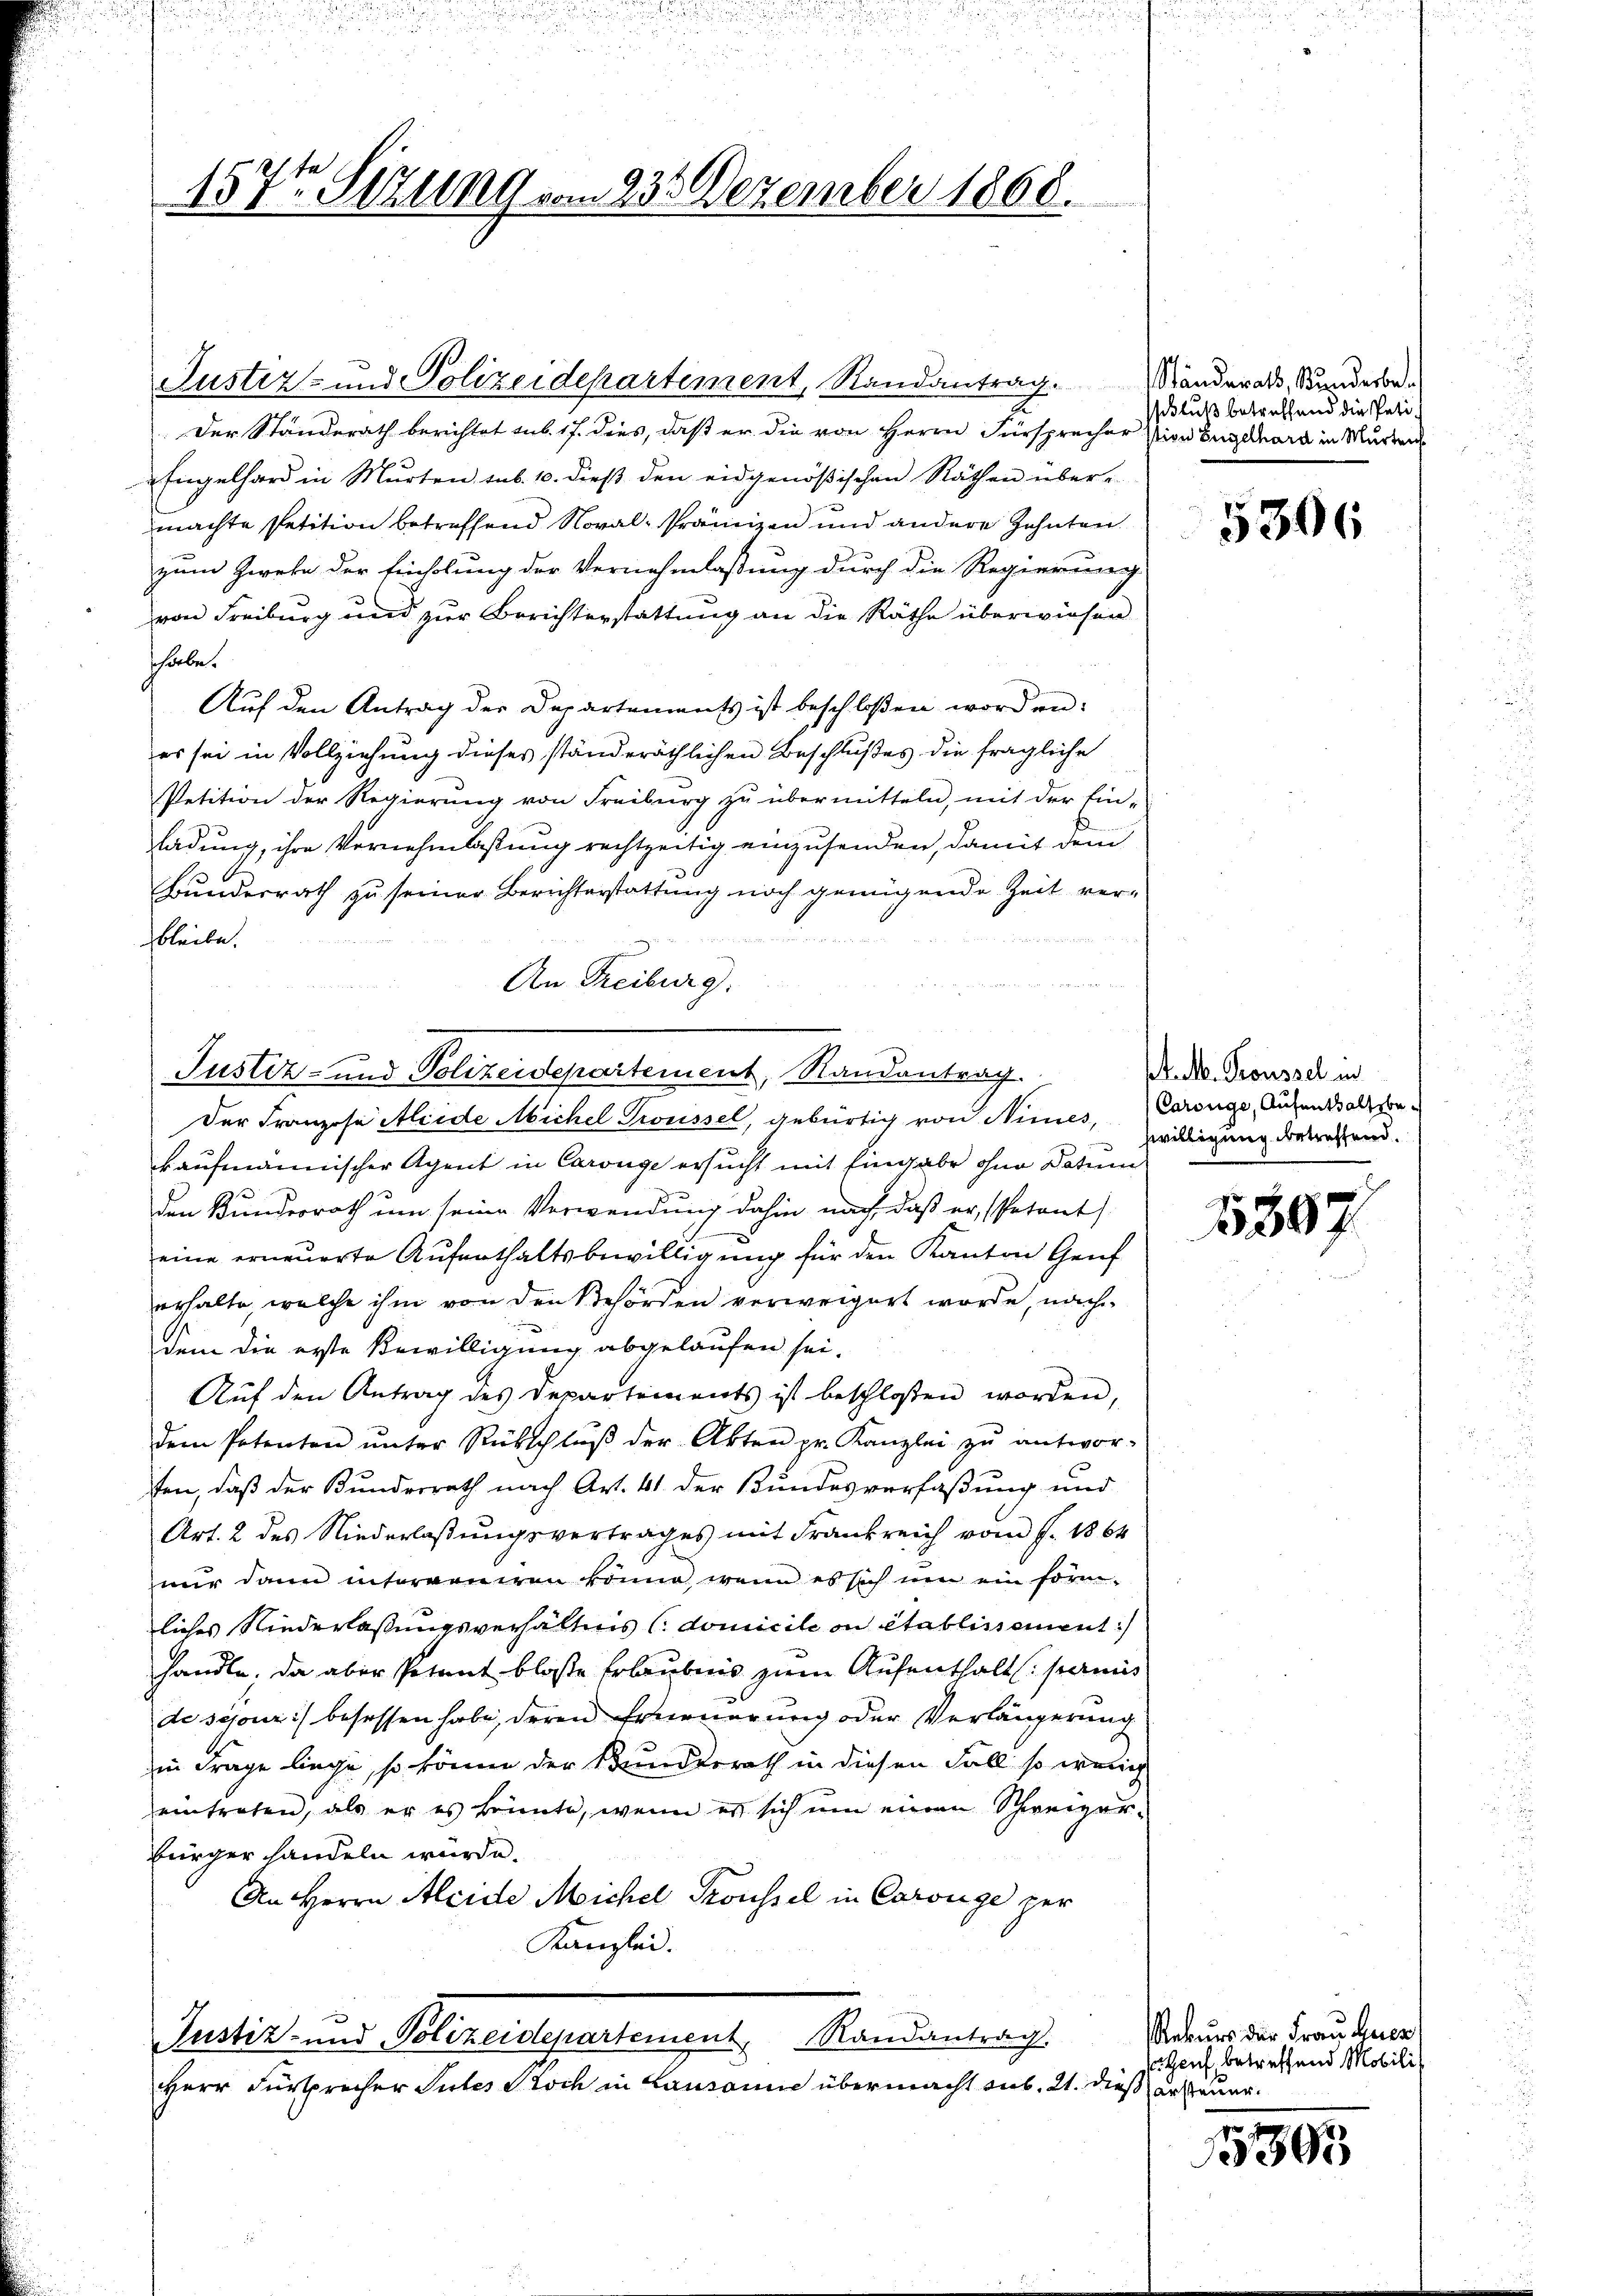
157t Sizung vom 23. Dezember 1868.

Justiz- und Polizeidepartiment, Randantrag.
Der Standerath berichtet sub. 17. dies, daß er die von Herrn Fürsprecher
Engelhard in Murten, sub. 10. dieß den eidgenößischen Räthen über-
machte Petition betreffend Noral-Prämizen und andere Zehnten
zum Zwebe der Einholung der Vernehmlassung durch die Regierung
von Freiburg und zur Berichterstattung an die Räthe überwiesen
shabe.
Auf den Antrag der Departements ist beschloßen worden:
es sei in Vollziehung dieses ständeräthlichen Beschlußes die fragliche
Petition der Regierung von Freiburg zu übermitteln, mit der Ein-
ladung, ihre Vernehmlassung rechtzeitig einzusenden, damit dem
Bundesrath zu seiner Berichterstattung noch genügende Zeit verd
bleibe.
An Freiburg.
Justiz- und Polizeidepartement, Randantrag.
Der Franzose Meide Michel Troussel, gebürtig von Nimes,
kaufmannischer Agent in Carouge ersucht mit Eingabe ohne Datum
den Bundesrath um seine Verwendung dahin nach, daß er, Petent
eine erneuerte Aufenthaltsbewilligung für den Kanton Genf
erhalte, welche ihm von den Behörden verweigert worde, nach
dem die erste Bewilligung abgelaufen sei.
Auf den Antrag des Departements ist beschlossen worden,
dem Petenten ŭnter Rückschlŭβ der Akten pr. Kanzlei zŭ antwor-
ten, daß der Bundesrath nach Art. 41 der Bundesverfaßung und
Art. 2 des Niederlaßungsvertrages mit Frankreich vom J. 1864
nur dann interveniren könne, wenn es sich nun ein form-
liches Niederlassungsverhältnis domicilion établissement
handle, da aber Potent blose Erlaubnis zum Aufenthalt parmi
de sajours besassen habe, deren Erneuerung oder Verlängerung
in Frage liege, so könne der Bundesrath in diesen Fall so wolle
eintreten, als er es könnte, wenn es sich um einen Schweizer
bürger handeln würde.
An Herrn Aleide Michel Troussel in Carouge zer
Kanzlei.
Justiz- und Polizeidepartement Randantrag
Herr Fürsprecher Sutes Stock in Lausanne übermacht sub. 21. dieß ersteuer¬

Ständerats, Kunderbe¬
Blut betreffend die Patistion Engelhard in Murten

5306

sl. M. Troussel in
Carouge, Aufenthaltsbeswilligung betreffend.

5397.

Rekurs der Frau Gier
c Genf, betreffend Mobili

1303